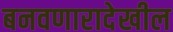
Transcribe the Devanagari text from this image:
बनवणारादेखील